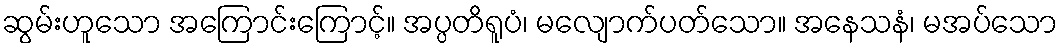
ဆွမ်းဟူသော အကြောင်းကြောင့်။ အပ္ပတိရူပံ၊ မလျောက်ပတ်သော။ အနေသနံ၊ မအပ်သော